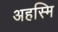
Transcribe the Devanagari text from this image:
अहस्मि